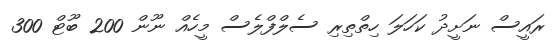
ރައީސް ނަށީދު ކަހަލަ ހިތްތިރި ސެލްފްލެސް މީހެއް ނޫން 200 ބޫޓް 300